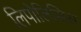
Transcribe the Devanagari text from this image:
लिपोलिसिस